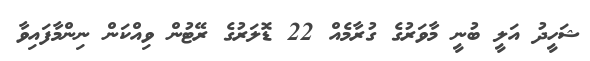
ޝަހީދު އަލީ ބުނީ މާވަރުގެ ގުރާމެއް 22 ޑޮލަރުގެ ރޭޓުން ވިއްކަން ނިންމާފައިވާ